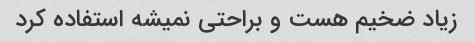
زیاد ضخیم هست و براحتی نمیشه استفاده کرد